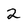
Character: 2